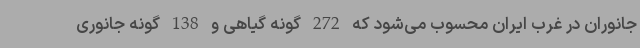
جانوران در غرب ایران محسوب می‌شود که 272 گونه گیاهی و 138 گونه جانوری